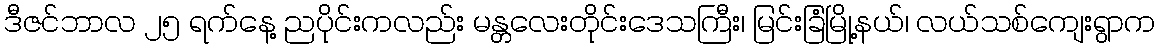
ဒီဇင်ဘာလ ၂၅ ရက်နေ့ ညပိုင်းကလည်း မန္တလေးတိုင်းဒေသကြီး၊ မြင်းခြံမြို့နယ်၊ လယ်သစ်ကျေးရွာက